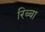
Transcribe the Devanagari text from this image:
रिब्बा